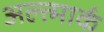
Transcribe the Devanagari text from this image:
अल्त्मार्क